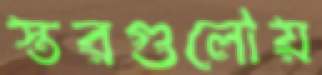
স্তরগুলোয়